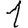
Digit: 1